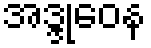
အဒ္ဒုဝေန